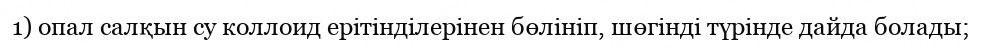
1) опал салқын су коллоид ерітінділерінен бөлініп, шөгінді түрінде дайда болады;